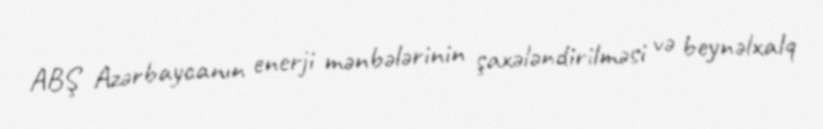
ABŞ Azərbaycanın enerji mənbələrinin şaxələndirilməsi və beynəlxalq